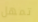
تمهل